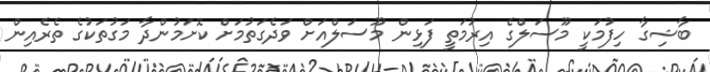
ބާޝިގާ ހިފުމަކީ މޫސަލްގެ އިރުމަތީ ފަޅިން މޫސަލްއަށް ވަދެގަތުމަށް ކޮށަމުންދާ މަގުތަކުގެ ތެރެއިން